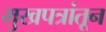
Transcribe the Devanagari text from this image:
मुखपत्रांतून